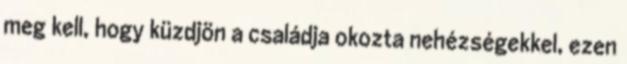
meg kell, hogy küzdjön a családja okozta nehézségekkel, ezen